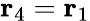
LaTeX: \mathbf r_{4}=\mathbf r_{1}